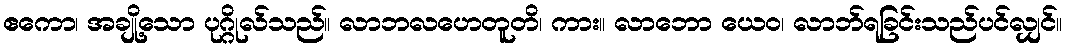
ဧကော၊ အချို့သော ပုဂ္ဂိုလ်သည်။ လာဘလဟေတူတိ၊ ကား။ လာဘော ယေဝ၊ လာဘ်ရခြင်းသည်ပင်လျှင်။